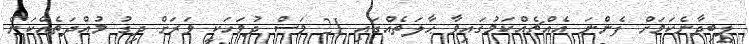
ލިބިދާނެކަމަށް ފެންނަ އެއްޗެއްކަމުގައިވާ ޙާލަތެއްގައި 21 މަސް ދުވަހަކީ ވަރަށް ދިގު މުއްދަތެއްކަން